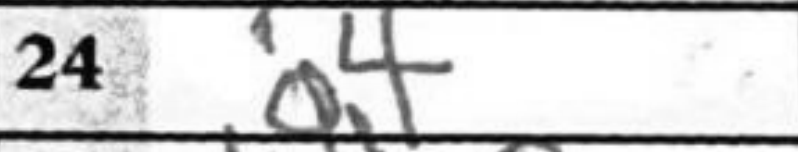
Transcription: g4